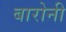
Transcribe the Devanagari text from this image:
बारोनी